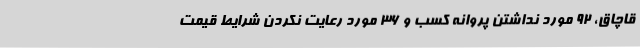
قاچاق، 92 مورد نداشتن پروانه کسب و 36 مورد رعایت نکردن شرایط قیمت